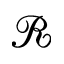
\mathcal { R }